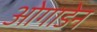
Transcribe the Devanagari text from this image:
ओगाडेन